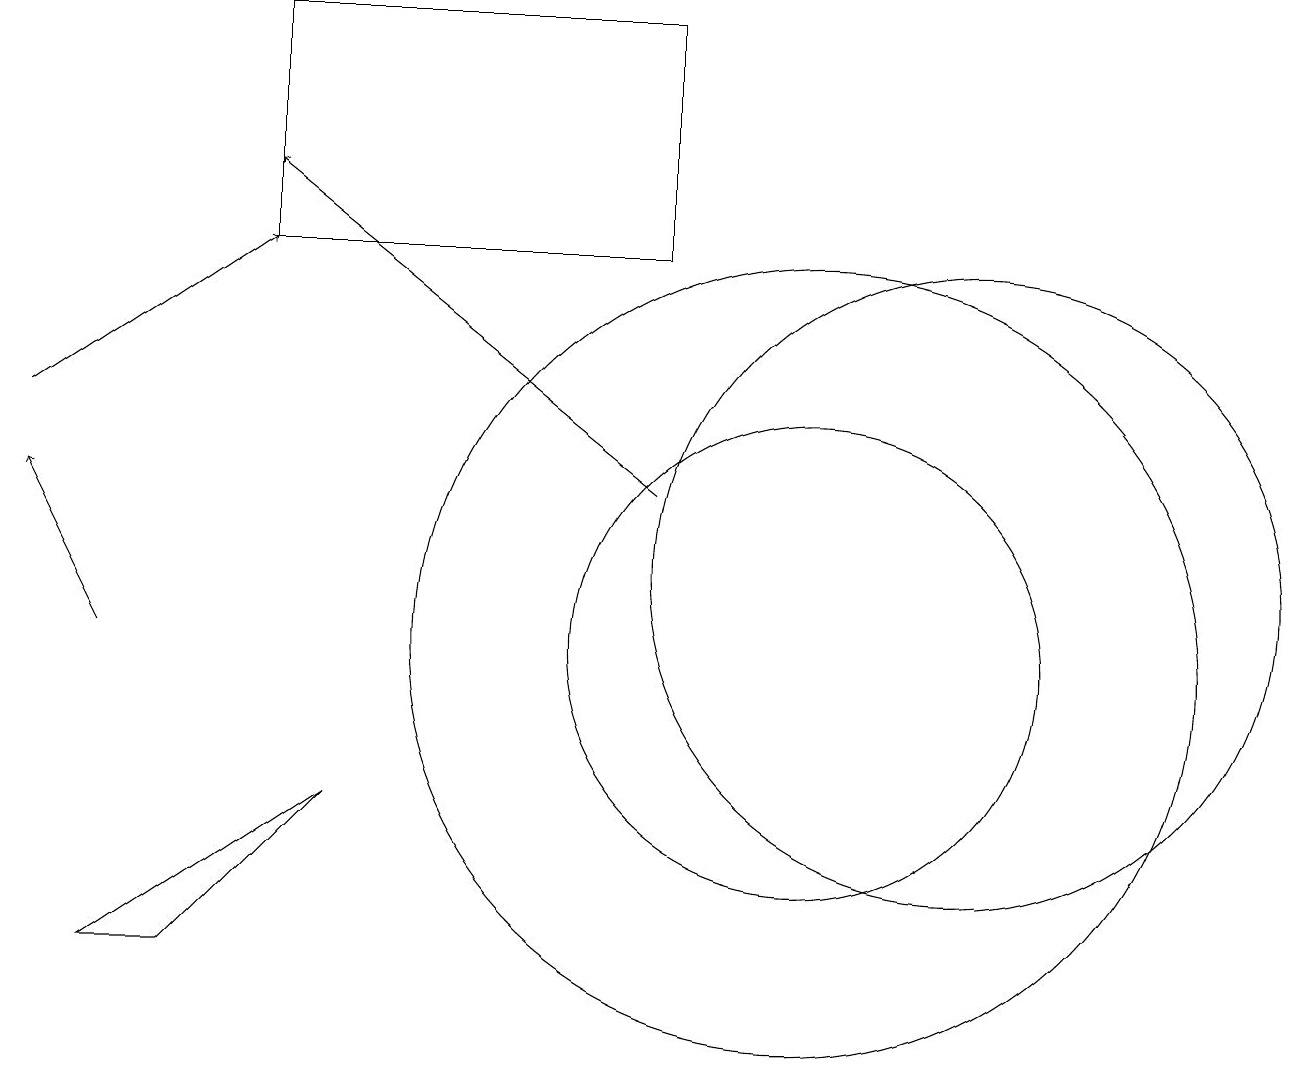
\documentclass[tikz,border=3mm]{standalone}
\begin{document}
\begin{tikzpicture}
\draw (12,11) circle (4);
\draw[->] (8,12) -- (3,16);
\draw[->] (0,13) -- (3,15);
\draw (10,10) circle (5);
\draw (8,18) rectangle (3,15);
\draw (1,6) -- (4,8) -- (2,6) -- cycle;
\draw (10,10) circle (3);
\draw[->] (1,10) -- (0,12);
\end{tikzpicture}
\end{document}